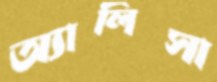
অ্যালিসা